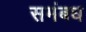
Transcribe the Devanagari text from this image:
समंबध